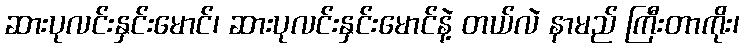
ဆားပုလင်းနှင်းမောင်၊ ဆားပုလင်းနှင်းမောင်နဲ့ တယ်လဲ နာမည် ကြီးတာကိုး၊